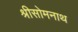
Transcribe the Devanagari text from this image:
श्रीसोमनाथ